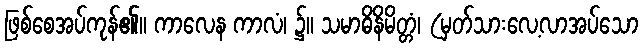
ဖြစ်စေအပ်ကုန်၏။ ကာလေန ကာလံ၊ ၌။ သမာဓိနိမိတ္တံ၊ (မှတ်သားလေ့လာအပ်သော